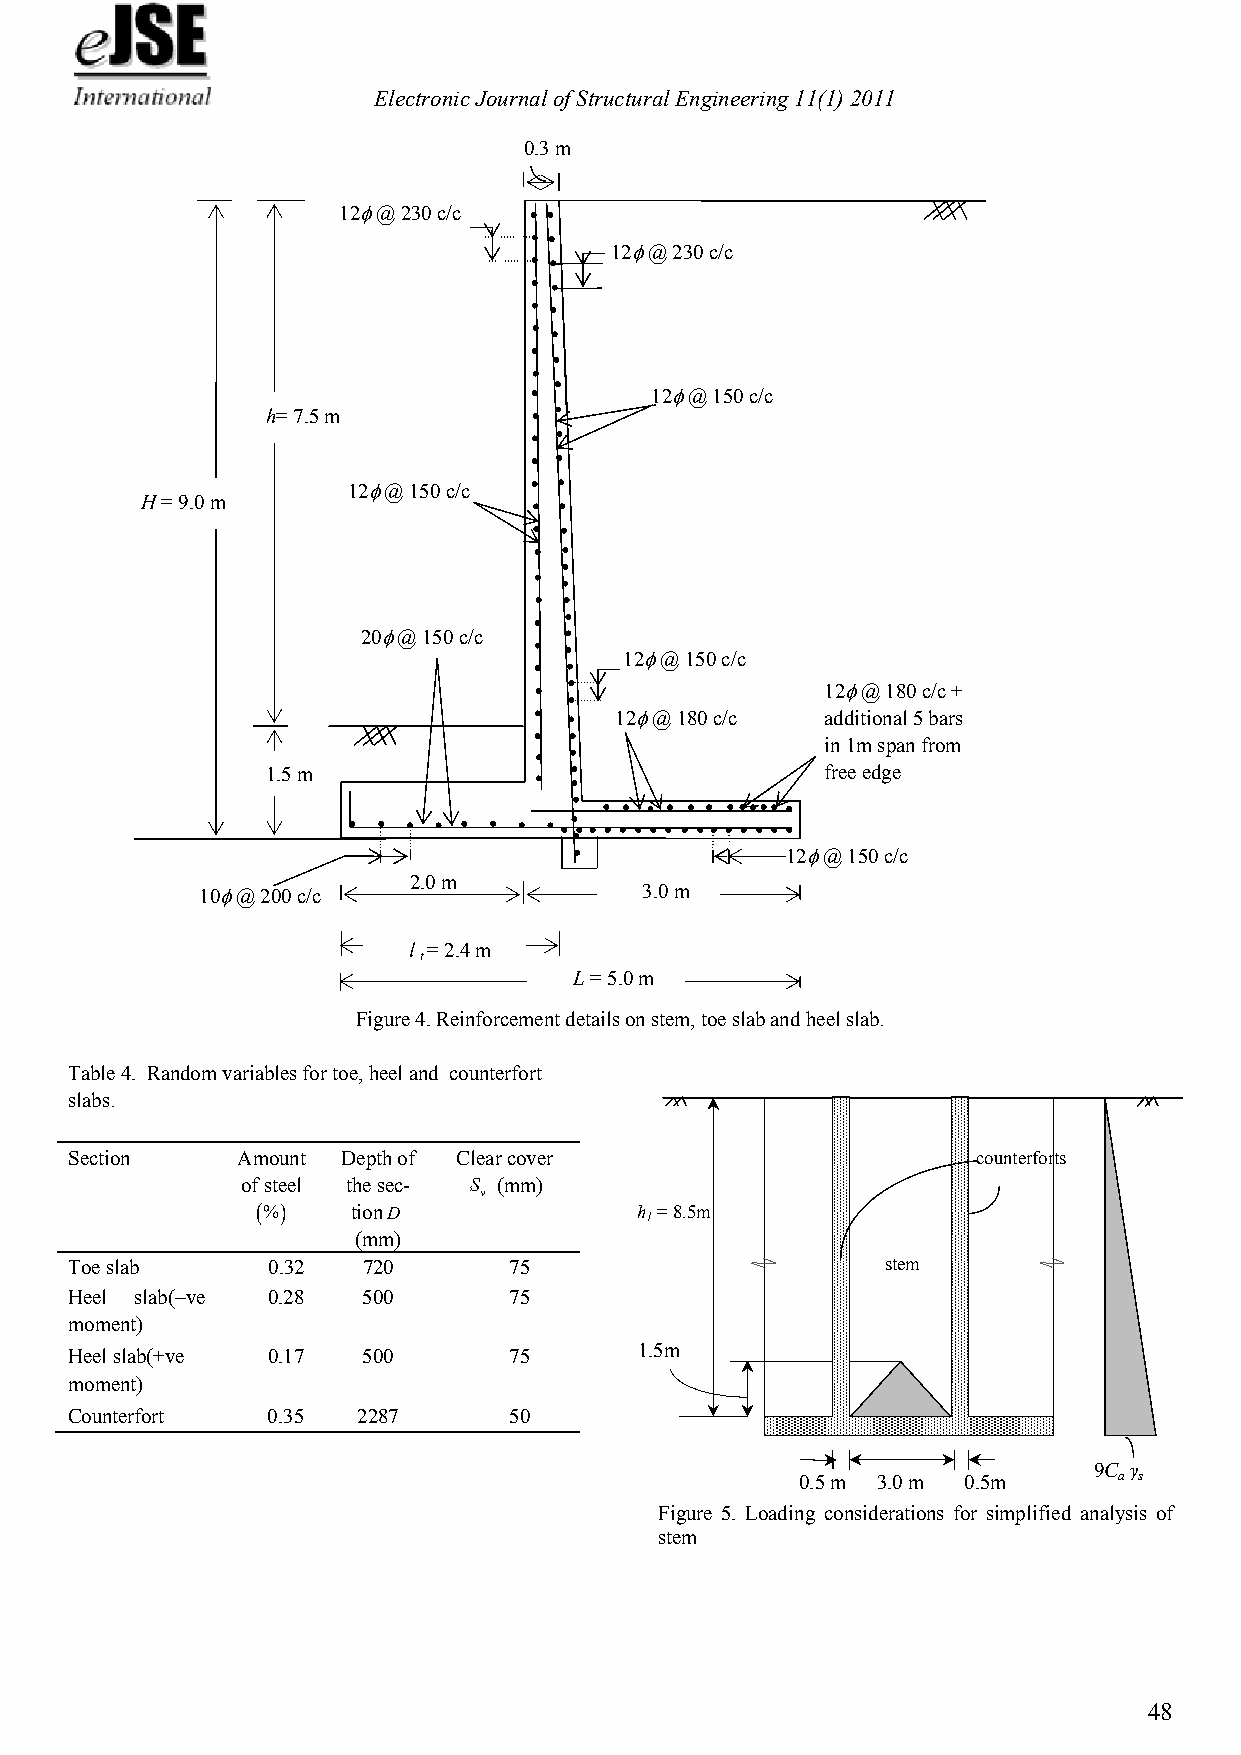
Electronic Journal of Structural Engineering 11(1) 2011
 0.3 m
 12 @ 230 c/c
 12 @ 230 c/c
 12 @ 150 c/c
 h= 7.5 m
 12 @ 150 c/c
 H = 9.0 m
 20 @ 150 c/c
 12 @ 150 c/c
 12 @ 180 c/c +
 12 @ 180 c/c additional 5 bars
 in 1m span from
 1.5 m                                free edge
 12 @ 150 c/c
 2.0 m
 10 @ 200 c/c                3.0 m
 l = 2.4 m
 t
 L = 5.0 m
 Figure 4. Reinforcement details on stem, toe slab and heel slab.
 Table 4. Random variables for toe, heel and counterfort
 slabs.
 Section     Amount Depth of Clear cover                      counterforts
 of steel the sec- S (mm)
 
 %   tionD              h 1= 8.5m
 (mm)
 Toe slab      0.32  720       75                       stem
 Heel slab(ve 0.28  500       75
 moment)
 1.5m
 Heel slab(+ve 0.17  500       75
 moment)
 Counterfort   0.35  2287      50
 0.5m 3.0 m 0.5m
 9C aγ
 s
 Figure 5. Loading considerations for simplified analysis of
 stem
 48